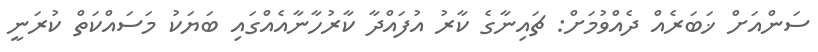
ސަންއަށް ޚަބަރެއް ދެއްވުމަށް: ޗައިނާގެ ކާރު އުފައްދާ ކާރުހާނާއެއްގައި ބަޔަކު މަސައްކަތް ކުރަނީ